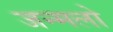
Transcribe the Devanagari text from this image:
जन्मलो